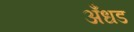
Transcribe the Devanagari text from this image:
अँधड